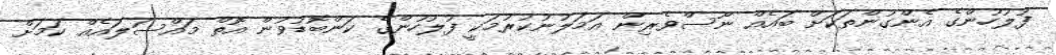
ފުލުހުންގެ އެންގުންތަކަށް ބައެއް ނޫސްވެރިން އަމަލުނުކުރުމަކީ ފުލުހުންގެ ކަންބޮޑުވުން އޮތް މައްސަލައެއް ކަމަށް